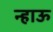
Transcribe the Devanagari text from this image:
न्हाऊ